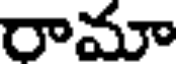
రామా